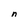
Character: n